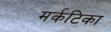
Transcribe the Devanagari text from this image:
मर्कटिका